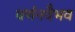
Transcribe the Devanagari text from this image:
वर्णनवैभव